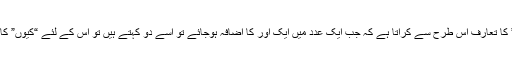
جب کوئی عدد “دو” کا تعارف اس طرح سے کراتا ہے کہ جب ایک عدد میں ایک اور کا اضافہ ہوجائے تو اسے دو کہتے ہیں تو اس کے لئے “کیوں” کا سوال پیدا نہیں ہوتا۔